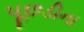
પૂછડીના